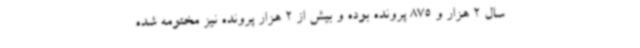
سال 2 هزار و 875 پرونده بوده و بیش از 2 هزار پرونده نیز مختومه شده